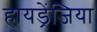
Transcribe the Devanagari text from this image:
हायड्रेंजिया